Source: Handwritten
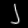
Digit: ၂ (2)